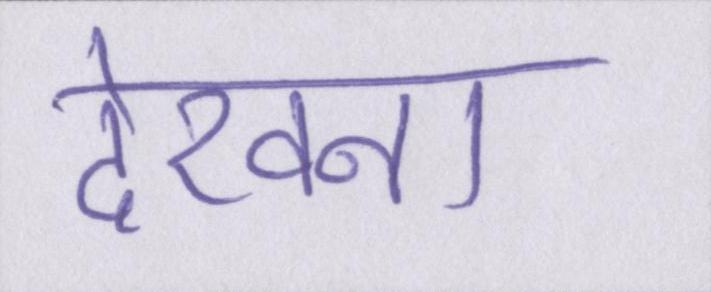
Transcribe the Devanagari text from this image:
देखना